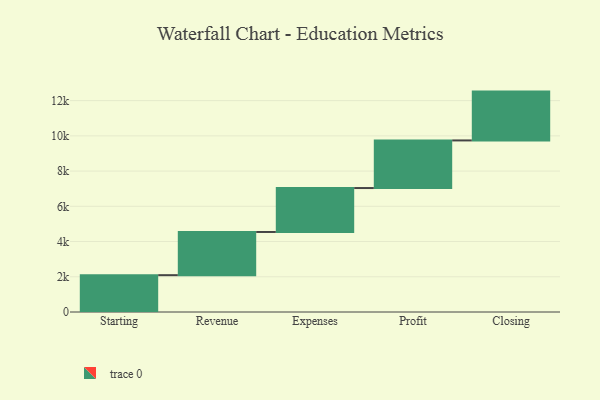
{"axis": {"x": "Step", "y": "Value"}, "legend": [""], "data": [{"x": "Starting", "y": 2091.0, "type": ""}, {"x": "Revenue", "y": 2452.0, "type": ""}, {"x": "Expenses", "y": 2494.0, "type": ""}, {"x": "Profit", "y": 2703.0, "type": ""}, {"x": "Closing", "y": 2772.0, "type": ""}]}